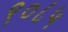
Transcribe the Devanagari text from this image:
९०८५